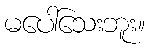
မပေါ်သေးဘူး။